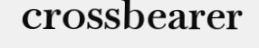
crossbearer